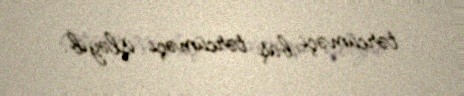
tərcüməçi, baş tərcüməçi işləyib.